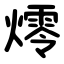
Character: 燯